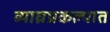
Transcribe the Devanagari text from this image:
व्याघ्रप्रकल्पात